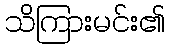
သိကြားမင်း၏